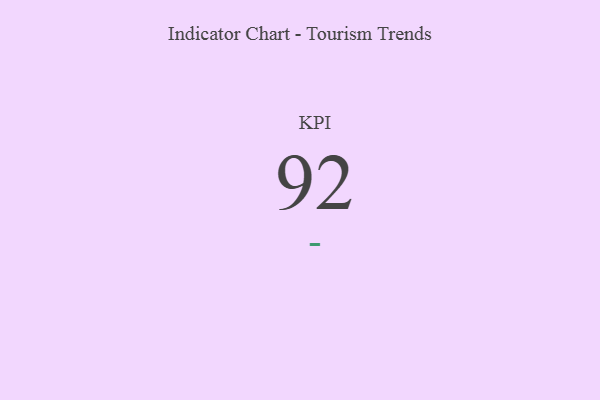
{"axis": {"x": "KPI", "y": "Value"}, "legend": [""], "data": [{"x": "KPI", "y": 92, "type": ""}]}